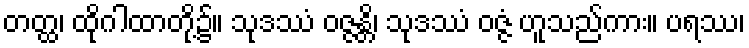
တတ္ထ၊ ထိုဂါထာတို့၌။ သုဒဿံ ဝဇ္ဇန္တိ၊ သုဒဿံ ဝဇ္ဇံ ဟူသည်ကား။ ပရဿ၊